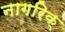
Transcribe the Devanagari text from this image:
नागरिक्